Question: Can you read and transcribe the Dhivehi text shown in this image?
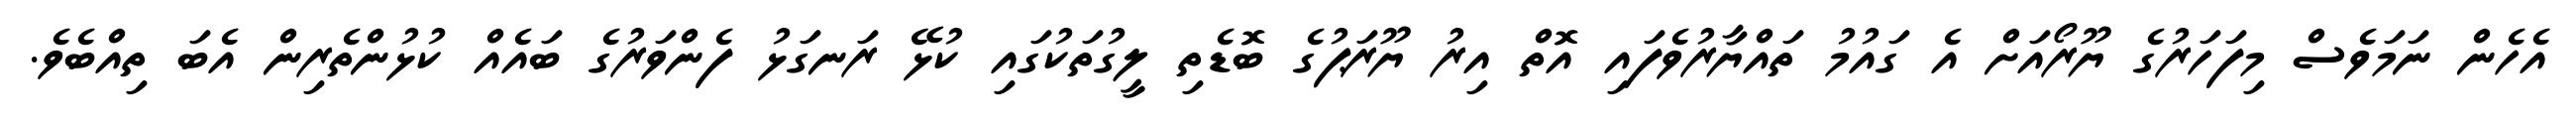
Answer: އެހެން ނަމަވެސް މިފަހަރުގެ ޔޫރޯއަށް އެ ގައުމު ތައްޔާރުވެފައި އޮތް އިރު ޔޫރަޕުގެ ބޮޑެތި ލީގުތަކުގައި ކުޅޭ ރަނގަޅު ފެންވަރުގެ ބައެއް ކުޅުންތެރިން އެބަ ތިއްބެވެ.